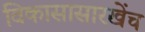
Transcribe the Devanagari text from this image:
विकासासारखेंच